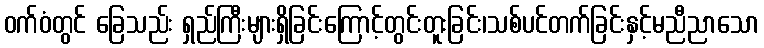
ဝက်ဝံတွင် ခြေသည်း ရှည်ကြီးများရှိခြင်းကြောင့်တွင်းတူးခြင်း၊သစ်ပင်တက်ခြင်းနှင့်မညီညာသော